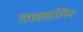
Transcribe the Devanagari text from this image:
तत्त्कालिन